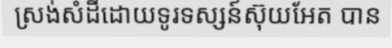
ស្រង់សំដីដោយទូរទស្សន៍ស៊ុយអែត បាន